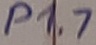
Text: P1.7